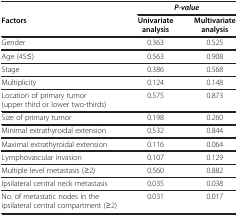
<table><thead><tr><td>[EMPTY_CELL]</td><td colspan="2"><b><i>P-value</i></b></td></tr><tr><td><b>Factors</b></td><td><b>Univariate analysis</b></td><td><b>Multivariate analysis</b></td></tr></thead><tbody><tr><td>Gender</td><td>0.363</td><td>0.525</td></tr><tr><td>Age (45≤)</td><td>0.563</td><td>0.908</td></tr><tr><td>Stage</td><td>0.386</td><td>0.568</td></tr><tr><td>Multiplicity</td><td>0.124</td><td>0.148</td></tr><tr><td>Location of primary tumor (upper third or lower two-thirds)</td><td>0.575</td><td>0.873</td></tr><tr><td>Size of primary tumor</td><td>0.198</td><td>0.260</td></tr><tr><td>Minimal extrathyroidal extension</td><td>0.532</td><td>0.844</td></tr><tr><td>Maximal extrathyroidal extension</td><td>0.116</td><td>0.064</td></tr><tr><td>Lymphovascular invasion</td><td>0.107</td><td>0.129</td></tr><tr><td>Multiple level metastasis (≥2)</td><td>0.560</td><td>0.882</td></tr><tr><td>Ipsilateral central neck metastasis</td><td>0.035</td><td>0.038</td></tr><tr><td>No. of metastatic nodes in the ipsilateral central compartment (≥2)</td><td>0.031</td><td>0.017</td></tr></tbody></table>